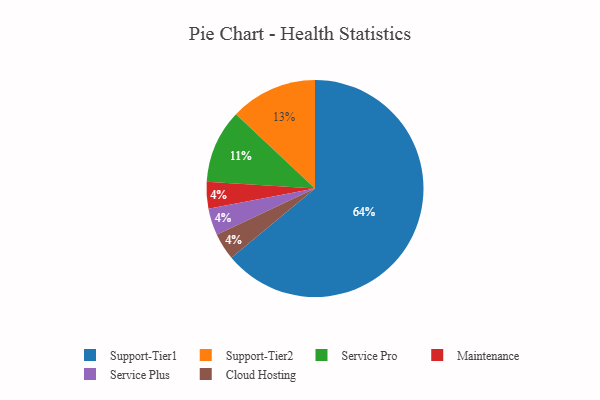
{"axis": {"x": "Category", "y": "Percentage"}, "legend": ["Cloud Hosting", "Maintenance", "Service Plus", "Service Pro", "Support-Tier1", "Support-Tier2"], "data": [{"x": "Service Pro", "y": 11, "type": "Service Pro"}, {"x": "Maintenance", "y": 4, "type": "Maintenance"}, {"x": "Support-Tier1", "y": 64, "type": "Support-Tier1"}, {"x": "Service Plus", "y": 4, "type": "Service Plus"}, {"x": "Support-Tier2", "y": 13, "type": "Support-Tier2"}, {"x": "Cloud Hosting", "y": 4, "type": "Cloud Hosting"}]}